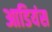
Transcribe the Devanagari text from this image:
आडियंस